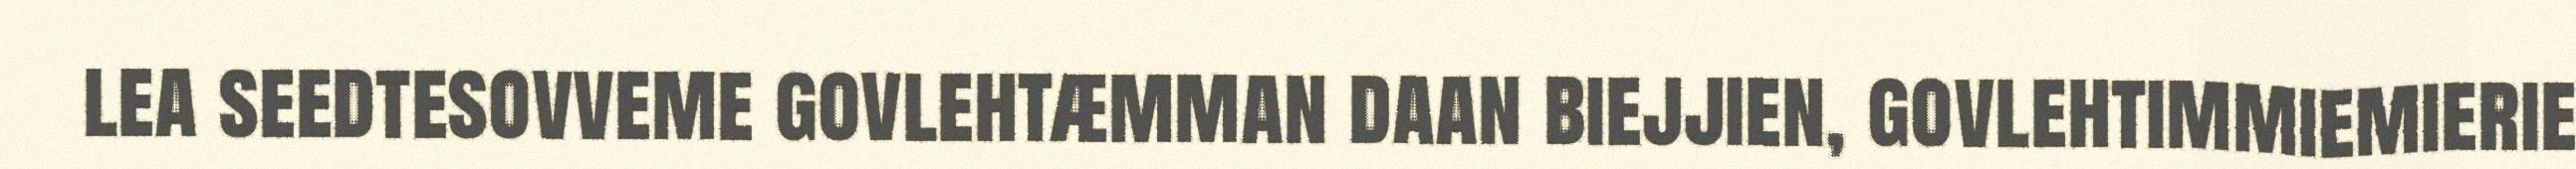
lea seedtesovveme govlehtæmman daan biejjien, govlehtimmiemierie